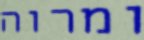
ומרוה